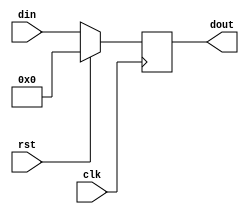
// Module from laboratory class slightly modified by HM (Timing warnings deletions due to async reset)

module delay
    #( parameter
        WIDTH   = 8, // bit width of the input/output data
        CLK_DEL = 1  // number of clock cycles the data is delayed
    )
    (
        input  wire                   clk, // posedge active clock
        input  wire                   rst, // ASYNC reset active HIGH
        input  wire [ WIDTH - 1 : 0 ] din, // data to be delayed
        output wire [ WIDTH - 1 : 0 ] dout // delayed data
    );

    reg    [ WIDTH - 1 : 0 ] del_mem [ CLK_DEL - 1 : 0 ];

    assign dout = del_mem[ CLK_DEL - 1 ];

//------------------------------------------------------------------------------
// The first delay stage
    always @(posedge clk)
    begin:delay_stage_0
        if(rst)
            del_mem[0] <= 0;
        else
            del_mem[0] <= din;
    end


//------------------------------------------------------------------------------
// All the other delay stages
    genvar                   i;
    generate

        for (i = 1; i < CLK_DEL ; i = i + 1 )
        begin:delay_stage

            always @(posedge clk)
            begin
                if(rst)
                    del_mem[i] <= 0;
                else
                    del_mem[i] <= del_mem[i-1];
            end

        end

    endgenerate

endmodule